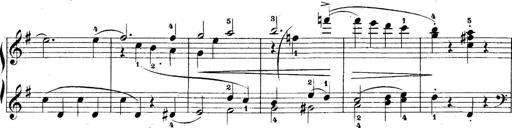
Title: 5 Sonatinas
Composer: Theodor Kirchner